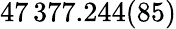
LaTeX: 47\, 377.244(85)